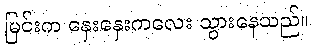
မြင်းက နှေးနှေးကလေး သွားနေသည်။